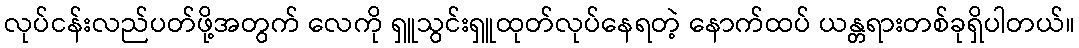
လုပ်ငန်းလည်ပတ်ဖို့အတွက် လေကို ရှူသွင်းရှူထုတ်လုပ်နေရတဲ့ နောက်ထပ် ယန္တရားတစ်ခုရှိပါတယ်။